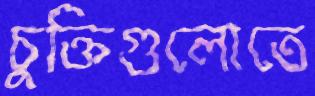
চুক্তিগুলোতে